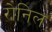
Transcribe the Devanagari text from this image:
रोनिल